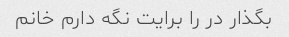
بگذار در را برایت نگه دارم خانم